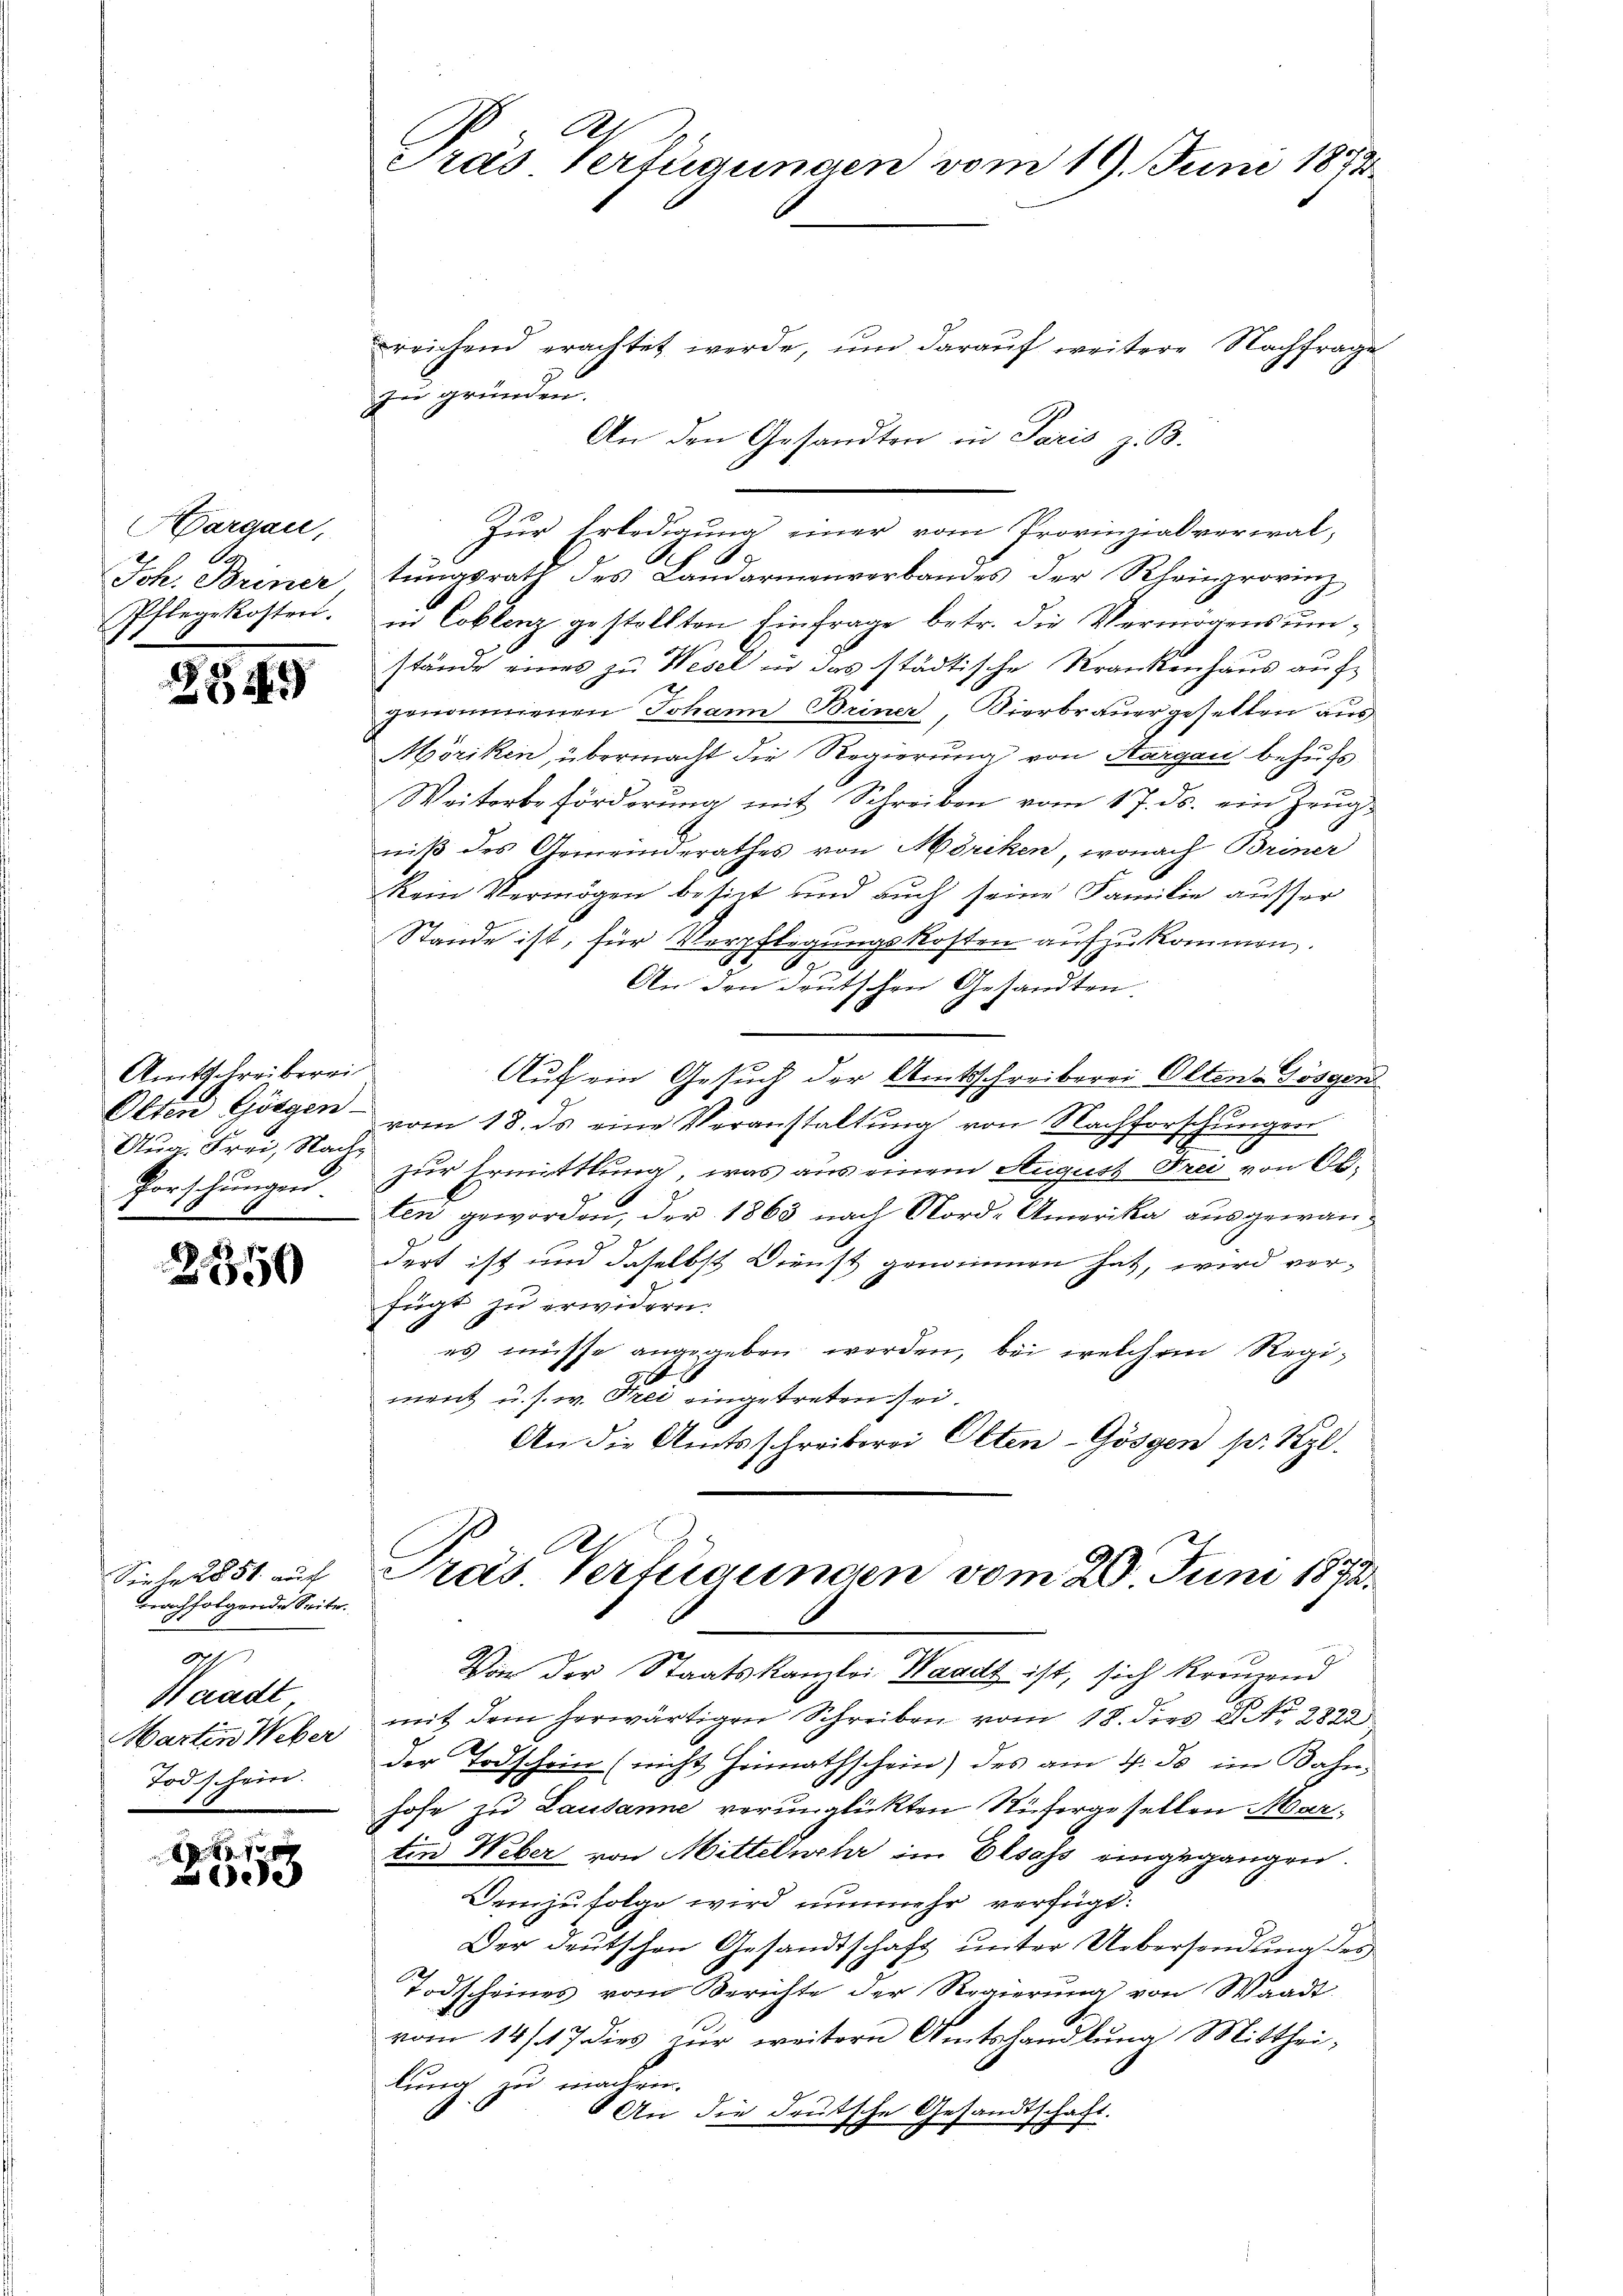
Hargau,
Joh. Briner
Pflegekosten.

289

Amtsschreiberei
Olten Görgen-
Aug. Frei, Nach¬
Forschungen.

250

Siehe 1851 auch
nachfolgende Seite.
871
Waadt
Martin Weber
Todschein.

47
ede

Pras Verfügungen vom 19. Juni 1852

reichend erachtet werde, um darauf weitere Nachfrage
zu gründen.
An den Gesandten in Paris z. B.
Zur Erledigung einer vom Provinzialverwaltungsrath des Landarmenverbandes der Rheinprovinz
in Coblenz gestellten Einfrage betr. die Vermögensumstände eines zu Wesel in das städtische Krankenhaus an I
genommenen Johann Briner, Vierbrauergesellen aus
Möriken, übermacht die Regierung von Aargau behufs
Weiterbeförderŭng mit Schreiben vom 17. ds. ein Zeŭg-
niß des Gemeinderathes von Möriken, wonach Briner
kein Vermögen beseit und auch seine Familie ausser
Stande ist; für Verpflegungskosten aufzukommen.
7
An den deutschen Gesandten.
Auf ein Gesuch der Amtsschreiberei Olten-Gösgen
vom 18. ds eine Veranstaltung von Nachforschungen
zur Ermittlung, was aus einem August Frei von Abten geworden, der 1863 nach Nord-Amerika ausgewandert ist und daselbst Dienst genommen hat, wird verfügt zu erwidern.
es müsse angegeben werden, bei welchem Regiment u. s. w. Frei eingetreten sei.
An die Amtsschreiberei Olten-Gösgen pr. Kzl.
Pras Verfügungen vom 20. Juni 1873.
Von der Staatskanzlei Waadt ist, sich kreuzend
mit dem herwärtigen Schreiben vom 18. dies d. 2822
der Todschein (nicht Heimathschein) des am 1. ds im Bahn-
hohe zu Lausanne verunglückten Stifergesellen Martin Weber von Mittelmehr im Elsass eingegangen.
Demzufolge wird nunmehr verfügt:
Der deutschen Gesandtschaft unter Uebersendung des
Todscheines vom Berichte der Regierung von Waadt
vom 14/17 dies zur weitern Amtshandlung Mittheilung zu machen.
An die deutsche Gesandtschaft.
.